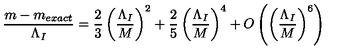
\frac { m - m _ { e x a c t } } { \Lambda _ { I } } = \frac { 2 } { 3 } \left( \frac { \Lambda _ { I } } { M } \right) ^ { 2 } + \frac { 2 } { 5 } \left( \frac { \Lambda _ { I } } { M } \right) ^ { 4 } + O \left( \left( \frac { \Lambda _ { I } } { M } \right) ^ { 6 } \right)